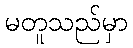
မတူသည်မှာ